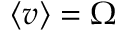
\left\langle v \right\rangle = \Omega